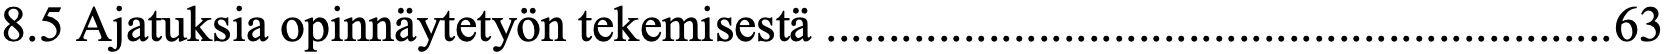
8.5 Ajatuksia opinnäytetyön tekemisestä ............................................................... 63